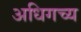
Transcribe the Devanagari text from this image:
अधिगच्य